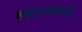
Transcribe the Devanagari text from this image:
लांडग्याशी